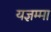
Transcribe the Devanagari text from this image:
यज्ञम्मा